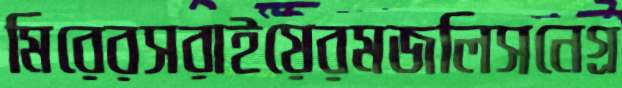
মিরেরসরাইয়েরমজলিসনেগ্র